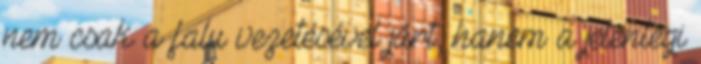
nem csak a falu vezetésével járt, hanem a jelenlegi